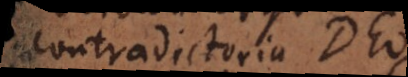
contradictoria Deo